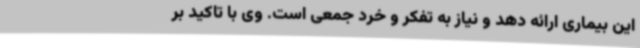
این بیماری ارائه دهد و نیاز به تفکر و خرد جمعی است. وی با تاکید بر